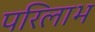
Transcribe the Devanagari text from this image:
परिलाभ